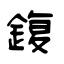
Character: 鍑